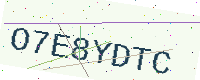
Text: O7E8YDTC